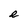
Character: e